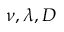
\nu , \lambda , D